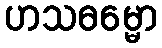
ဟသဓမ္မော